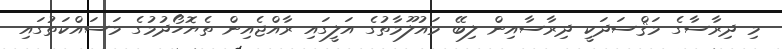
މި ދިރާސާގެ މަޤްސަދަކީ ދިރާސާއިން ލިބޭ މައުލޫމާތުގެ އަލީގައި ރާއްޖެއިން ތެޔޮހޯދުމުގެ މަސައްކަތުގައި